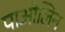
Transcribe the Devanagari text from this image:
पाओलिन